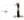
-1